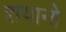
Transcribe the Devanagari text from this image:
शयानो